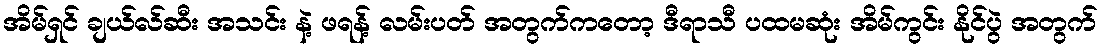
အိမ်ရှင် ချယ်လ်ဆီး အသင်း နဲ့ ဖရန့် လမ်းပတ် အတွက်ကတော့ ဒီရာသီ ပထမဆုံး အိမ်ကွင်း နိုင်ပွဲ အတွက်